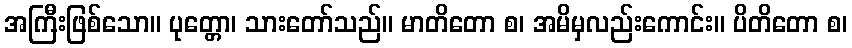
အကြီးဖြစ်သော။ ပုတ္တော၊ သားတော်သည်။ မာတိတော စ၊ အမိမှလည်းကောင်း။ ပိတိတော စ၊